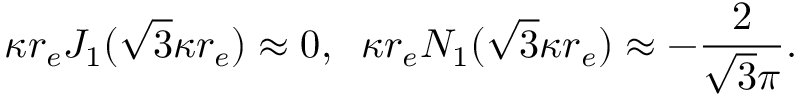
\kappa r _ { e } J _ { 1 } ( \sqrt { 3 } \kappa r _ { e } ) \approx 0 , \; \; \kappa r _ { e } N _ { 1 } ( \sqrt { 3 } \kappa r _ { e } ) \approx - \frac { 2 } { \sqrt { 3 } \pi } .